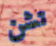
تشن